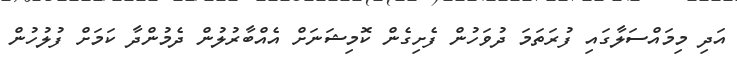
އަދި މިމައްސަލާގައި ފުރަތަމަ ދުވަހުން ފެށިގެން ކޮމިޝަނަށް އެއްބާރުލުން ދެމުންދާ ކަމަށް ފުލުހުން